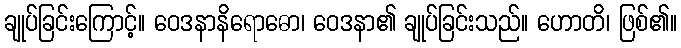
ချုပ်ခြင်းကြောင့်။ ဝေဒနာနိရောဓော၊ ဝေဒနာ၏ ချုပ်ခြင်းသည်။ ဟောတိ၊ ဖြစ်၏။